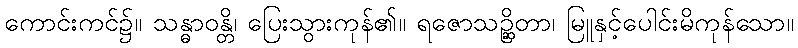
ကောင်းကင်၌။ သန္ဓာဝန္တိ၊ ပြေးသွားကုန်၏။ ရဇောသဉ္ဆိတာ၊ မြူနှင့်ပေါင်းမိကုန်သော။